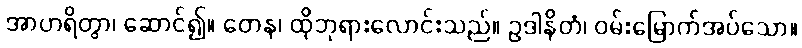
အာဟရိတွာ၊ ဆောင်၍။ တေန၊ ထိုဘုရားလောင်းသည်။ ဥဒါနိတံ၊ ဝမ်းမြောက်အပ်သော။